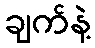
ချက်နဲ့